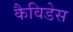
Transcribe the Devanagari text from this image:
कैविडेस